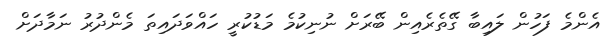
އެންމެ ފަހުން ލައިބާ ގޭތެރެއިން ބޭރަށް ނުނިކުމެ މަޑުކުރީ ހައްވަދައިތަ މެންދުރު ނަމާދަށް